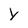
Character: Y